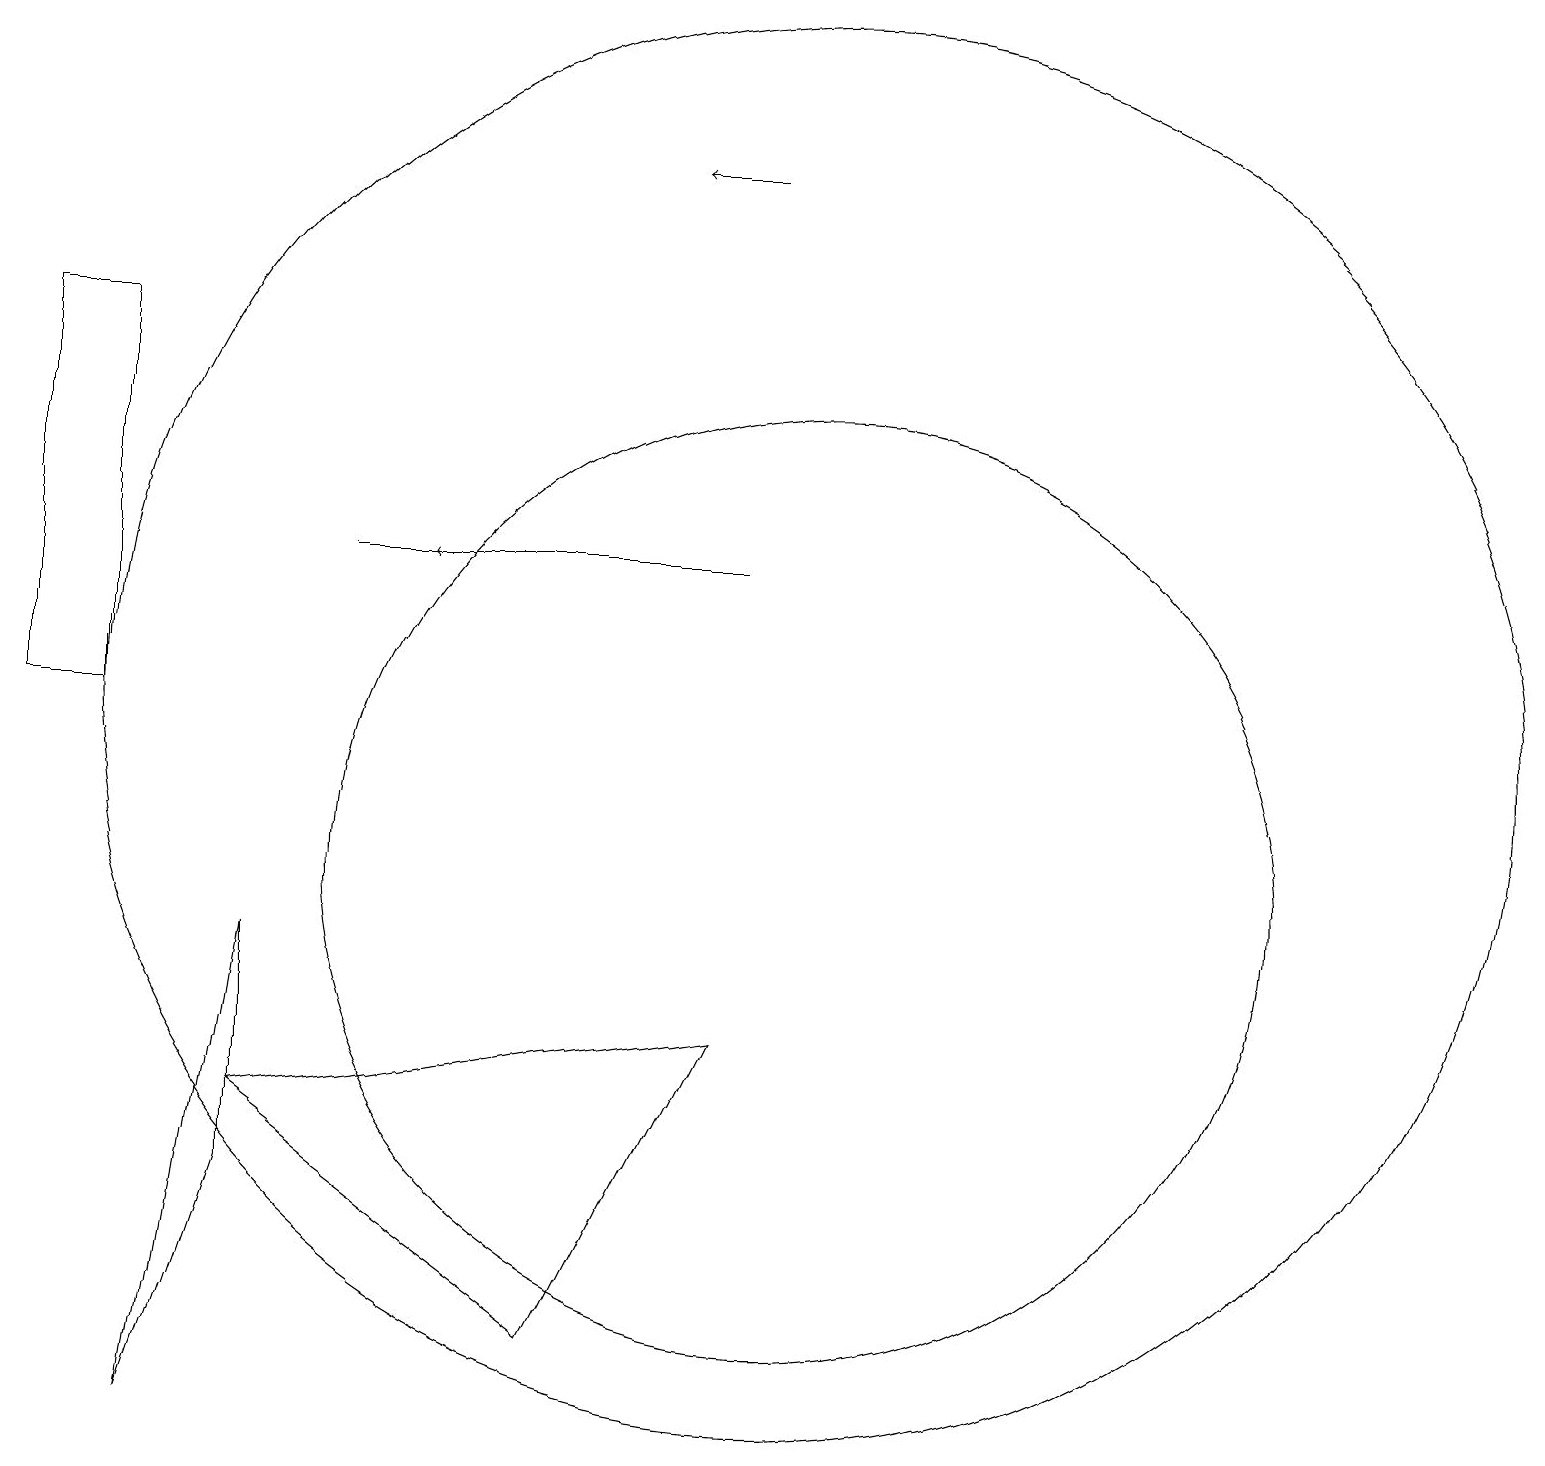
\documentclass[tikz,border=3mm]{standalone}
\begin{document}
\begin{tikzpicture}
\draw (9,8) -- (7,4) -- (3,7) -- cycle;
\draw (10,10) circle (6);
\draw (5,14) rectangle (4,14);
\draw[->] (9,19) -- (8,19);
\draw (3,9) -- (2,3) -- (3,6) -- cycle;
\draw (10,12) circle (9);
\draw[->] (9,14) -- (5,14);
\draw (0,17) rectangle (1,12);
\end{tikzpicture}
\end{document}